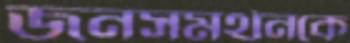
জনসমর্থনকে